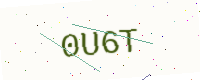
Text: 0U6T